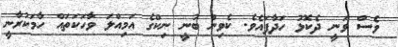
ވެސް ވަނީ ދެކޮޅު ހަދާފައެވެ. ކެވިން ބުނީ ނިކްގެ އަމިއްލަ ވާހަކަތައް ހާމަކުރާނީ